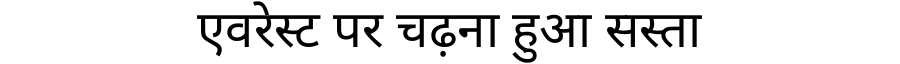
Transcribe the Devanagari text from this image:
एवरेस्ट पर चढ़ना हुआ सस्ता